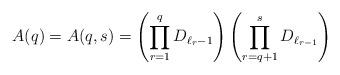
LaTeX: \begin{align*} A(q)=A(q,s)=\left(\prod_{r=1}^{q}D_{\ell_{r}-1}\right)\left( \prod_{r=q+1}^{s}D_{\ell_{r-1}}\right)\end{align*}